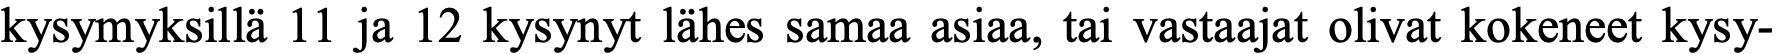
kysymyksillä 11 ja 12 kysynyt lähes samaa asiaa, tai vastaajat olivat kokeneet kysy-